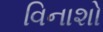
વિનાશો